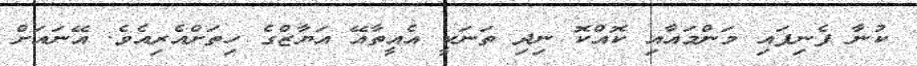
ކުނާ ފެނިފައި މަންމައާއި ކޮއްކޮ ނިދި ތަނަކީ އެއީތާއޭ އަޔާޒްގެ ހިތަށްއެރިއެވެ. އޭނައަށް